Plague in India, 1896, 1897 - Volume 2
Year: 1896
Disease focus: Plague
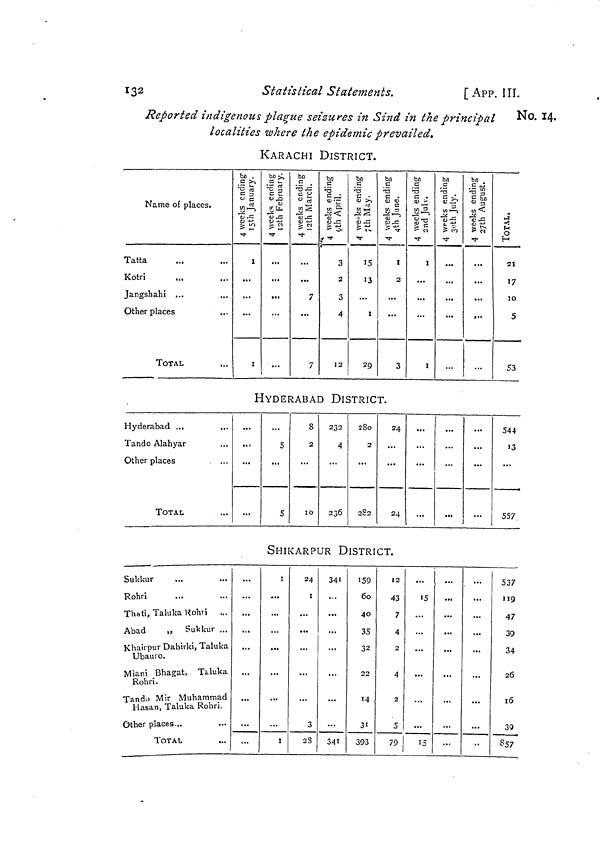
132
Statistical Statements.
[App. III.
Reported indigenous plague seizures in Sind in the principal
localities where the epidemic prevailed.
No. 14.
KARACHI DISTRICT.
Name of places.
Tatta
Kotri
Jangshahi ...
Other places
TOTAL
I
...
I
...
...
...
...
7
7
3
2
3
4
12
15
13
I
29
I
2
...
3
I
I
...
...
...
,..
21
17
JO
5
53
HYDERABAD DISTRICT.
Hyderabad ...
Tando Alahyar
Other places
TOTAL
...
...
...
..,
5
5
8
2
10
232
4
236
2SO
2
282
24
24
...
...
...
...
...
...
544
J3
557
ShIKARPUR DISTRICT.
Sukkur
Rohri
Thati, Taluka Uoht i ...
Abad
„ Sukkur ...
Khairpur Dahirki, Taluka
Ubauro.
Miani Bhagat, Taluka
Rohri.
Tando Mir Muhammad
Hasan, Taluka Rohri.
Other places...
TOTAL
...
...
...
...
i
...
i
24
I
3
23
341
...
341
159
60
40
35
32
22
M
31
393
12
43
7
4
2
4
2
5
79
...
"5
...
«
...
...
...
...
...
••
537
119
47
39
34
26
16
39
857